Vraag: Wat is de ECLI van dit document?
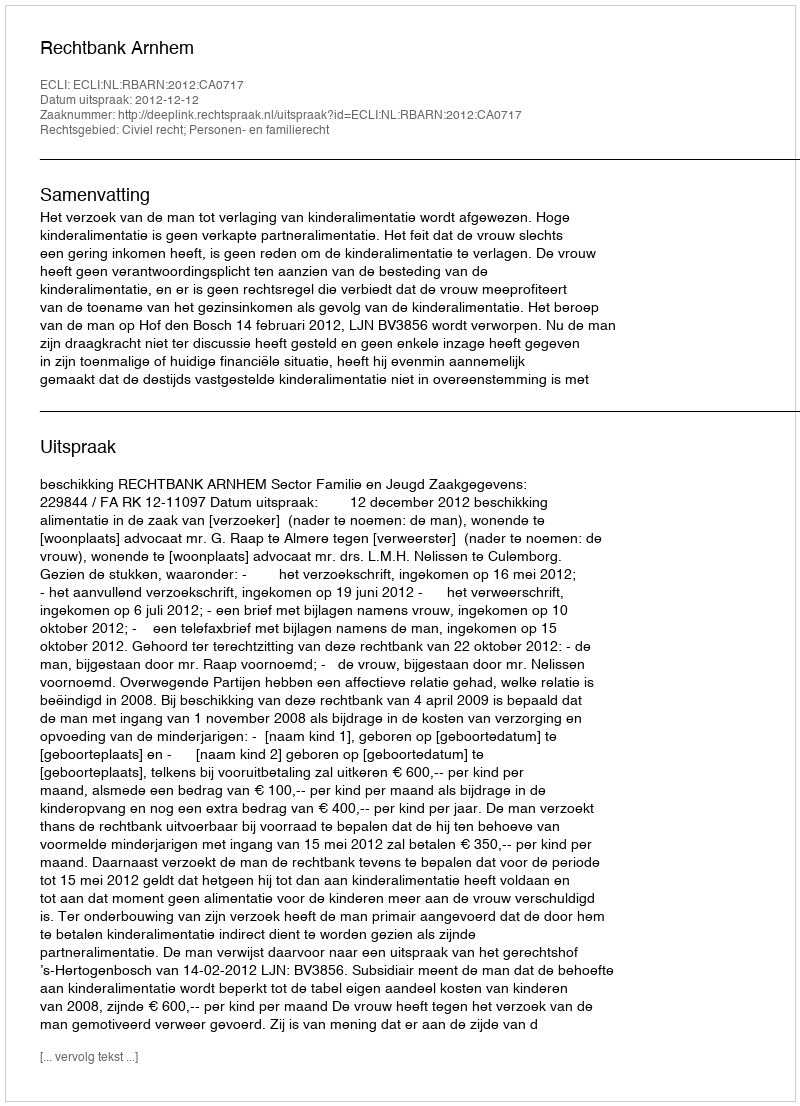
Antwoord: ECLI:NL:RBARN:2012:CA0717